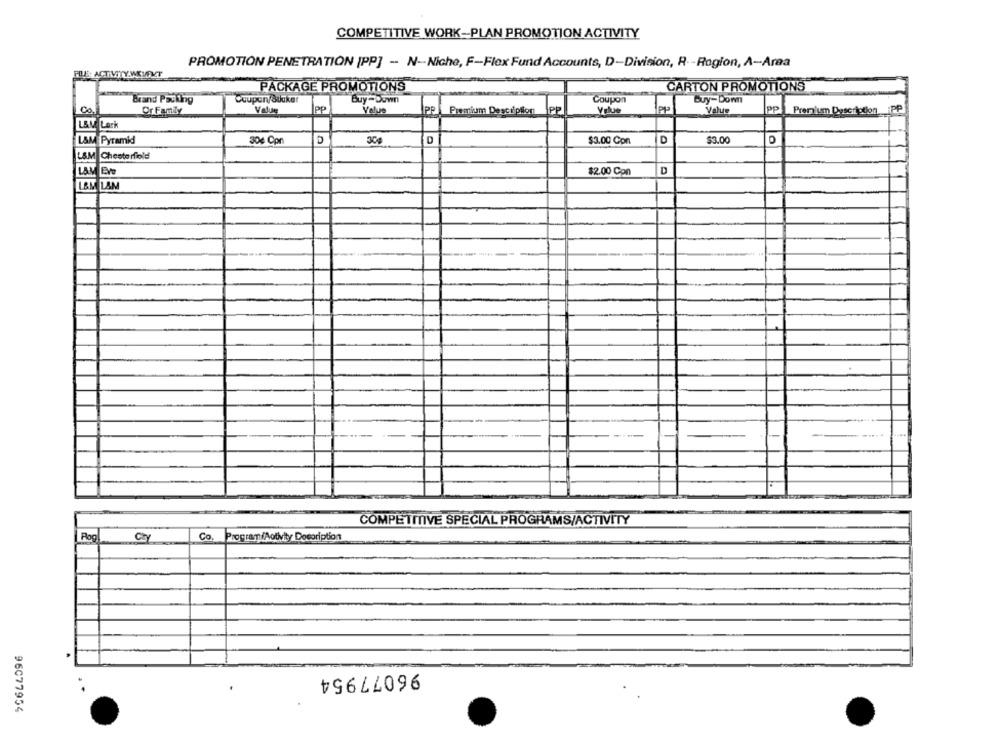
COMPETITIVE WORK-PLAN PROMOTION ACTIVITY
PROMOTION PENETRATION [PP] - N-Niche, F-Flex Fund Accounts, D-Division, R- - Rogion, A-Area
FRE: ACTIVITY.MITVT
PACKAGE PROMOTIONS
CARTON PROMOTIONS
Brand Packing
Buy-Duwn
Coupon
Buy-Down
Or Family
Value
PP
Value
IPP
Premium Description
PP
Value
PP
PP
Premium Description PP
L&M Lark
L&M Pyramid
304 Con
30g
D
$3.00 Con
D
$3.00
L&M Chesterfield
$2.00 Con
D
LAM
COMPETITIVE SPECIAL PROGRAMS/ACTIVITY
Pog9
Co.
ProgramfActivity Docoription
96077954
.
96077954